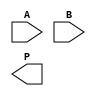
module mul(
    input [15:0]A,
    input [15:0]B,
    output [31:0]P
);


endmodule